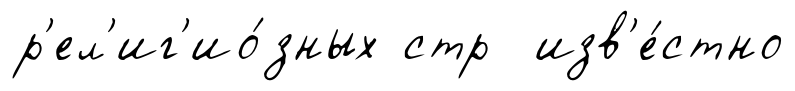
р'ел'иг'ио́зных стр изв'е́стно